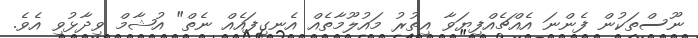
ނޫސްތަކުން ފެންނަ އެއްޗެއްފިޔަވާ އިތުރު މައުލޫމާތެއް އެނގިފައެއް ނެތް" އުޝާމް ވިދާޅުވި އެވެ.